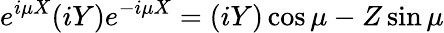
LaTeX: e^{i\mu X}(iY)e^{-i\mu X}=(iY)\cos\mu-Z\sin\mu